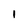
Character: 1